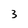
Character: 3